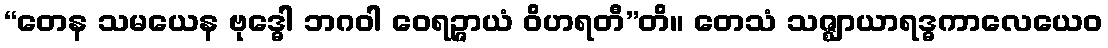
“တေန သမယေန ဗုဒ္ဓေါ ဘဂဝါ ဝေရဉ္ဇာယံ ဝိဟရတီ”တိ။ တေသံ သဇ္ဈာယာရဒ္ဓကာလေယေဝ